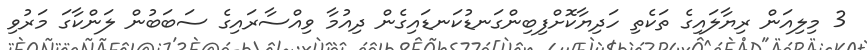
3 މިލިއަން ރިޔާލައިގެ ތަކެތި ހަދިޔާކޮށްފިބިންގަނޑުކަނޑައިގެން ދިއުމާ ވިއްސާރައިގެ ސަބަބުން ލަންކާގަ މަރުވި